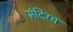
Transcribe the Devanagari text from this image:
मंदिरच